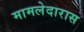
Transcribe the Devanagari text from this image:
मामलेदारास